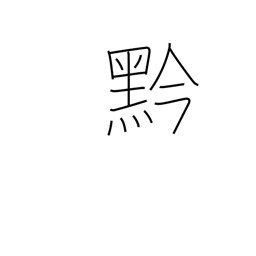
Meaning: black